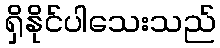
ရှိနိုင်ပါသေးသည်